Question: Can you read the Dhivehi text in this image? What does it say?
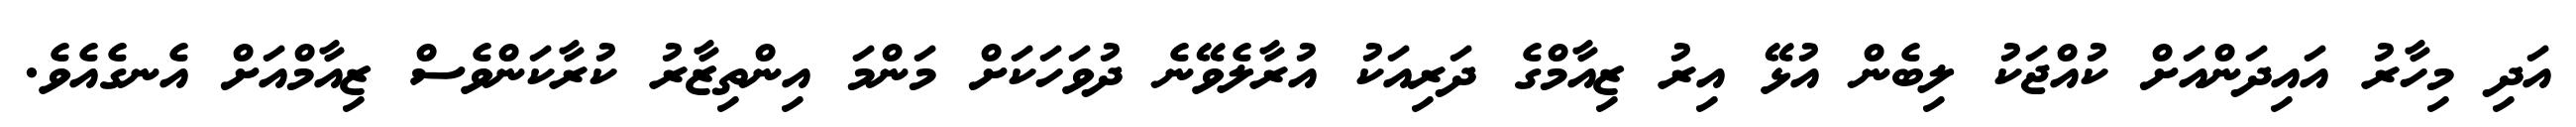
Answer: އަދި މިހާރު އައިދަންއަށް ކުއްޖަކު ލިބެން އުޅޭ އިރު ޒިއާމްގެ ދަރިއަކު އުރާލެވޭނެ ދުވަހަކަށް މަންމަ އިންތިޒާރު ކުރާކަންވެސް ޒިއާމްއަށް އެނގެއެވެ.